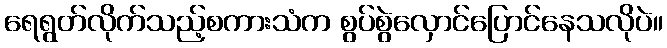
ရေရွတ်လိုက်သည့်စကားသံက စွပ်စွဲလှောင်ပြောင်နေသလိုပဲ။